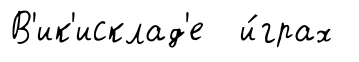
В'ик'исклад'е и́грах